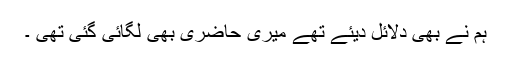
ہم نے بھی دلائل دیئے تھے میری حاضری بھی لگائی گئی تھی ۔